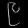
Digit: ၉